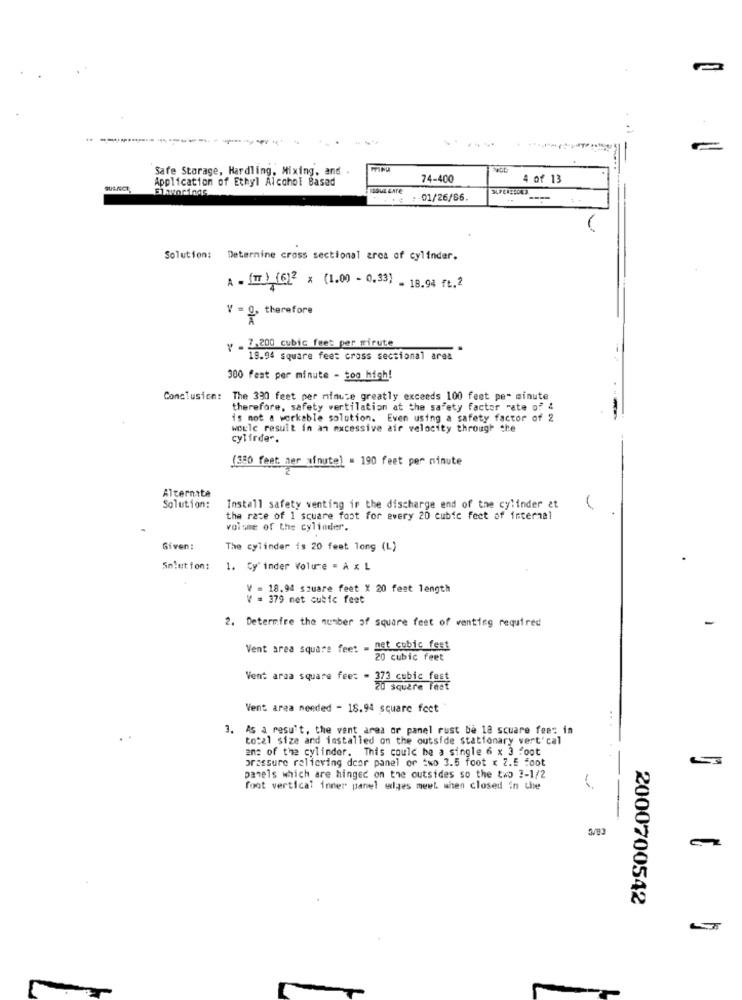
Safe Storage, Hardling, Mixing, and .
Application of Ethyl Alcohol Based
74-400
4 of 13
Elhunrings
: 01/26/66.
Solution:
Determine cross sectional arca of cylinder.
A . (I) (6)2 x (1.00 - 0.33] - 18.94 ft.2
V = 0, therefore
৳ . 7.200 cubic feet per mirute
19.94 square feet cross sectional area
300 fest per minute - 200 high!
Conclusion:
The 330 feet per minute greatly exceeds 100 feet per minute
therefore, safety vertilation at the safety factor rate of 4
is not a workable solution. Even using a safety factor of 2
woule result in an excessive air velocity through the
cylinder.
(350 feet: her afnute] = 190 feet per minute
Alternate
Solution:
Install safety venting in the discharge end of the cylinder at
the race of 1 square foot for every 20 cubic feet of internal
volume of the cylinder.
Given:
The cylinder is 20 feet long (L)
Solution:
1. Cy inder Volume = À x L
V = 18.94 square feet X 20 feat length
379 met cubic feet
2. Determire the number of square feet of venting required
Vent area square feet - net cubic fest
20 cubic feet
Vent area square feet = 373 cubic fest
20 square fesť
Vent area needed - 18.94 square feet
3. As a result, the vent area or panel rust be 18 square fee: in
to:21 size and installed on the outside stationary vert'cal
ans of the cylinder. This could be a single 6 x 3 foot
pressure relieving deor panel or two 3.5 foot x 2.5 foot
panels which are hinged on the outsides so the two ?- 1/2
foot vertical inner panel wiges meet. when closed in the
3/93
2000700542